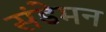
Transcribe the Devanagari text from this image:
संडेमन